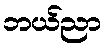
ဘယ်ညာ